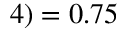
4 ) = 0 . 7 5